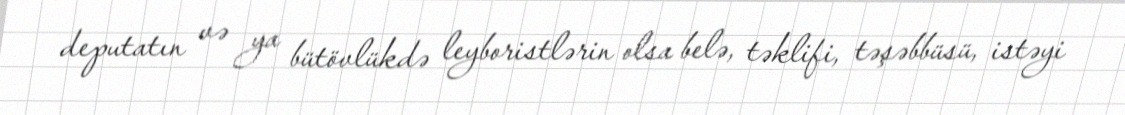
deputatın və ya bütövlükdə leyboristlərin olsa belə, təklifi, təşəbbüsü, istəyi